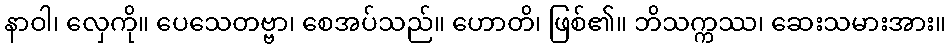
နာဝါ၊ လှေကို။ ပေသေတဗ္ဗာ၊ စေအပ်သည်။ ဟောတိ၊ ဖြစ်၏။ ဘိသက္ကဿ၊ ဆေးသမားအား။